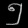
Digit: ၅